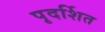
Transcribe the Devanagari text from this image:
पृदर्शित